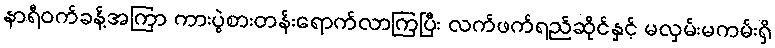
နာရီဝက်ခန့်အကြာ ကားပွဲစားတန်းရောက်လာကြပြီး လက်ဖက်ရည်ဆိုင်နှင့် မလှမ်းမကမ်းရှိ